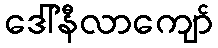
ဒေါ်နီလာကျော်